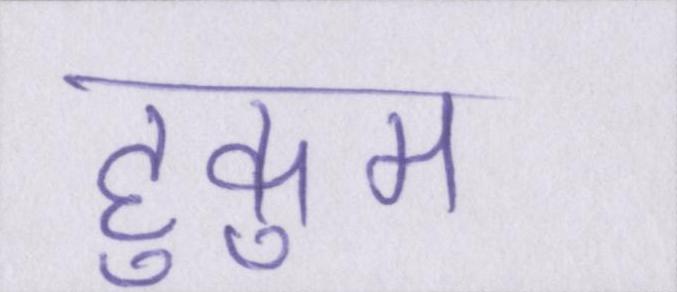
हुकुम